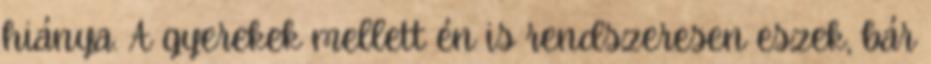
hiánya. A gyerekek mellett én is rendszeresen eszek, bár